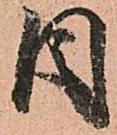
目